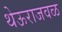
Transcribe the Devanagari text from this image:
थेऊराजवळ